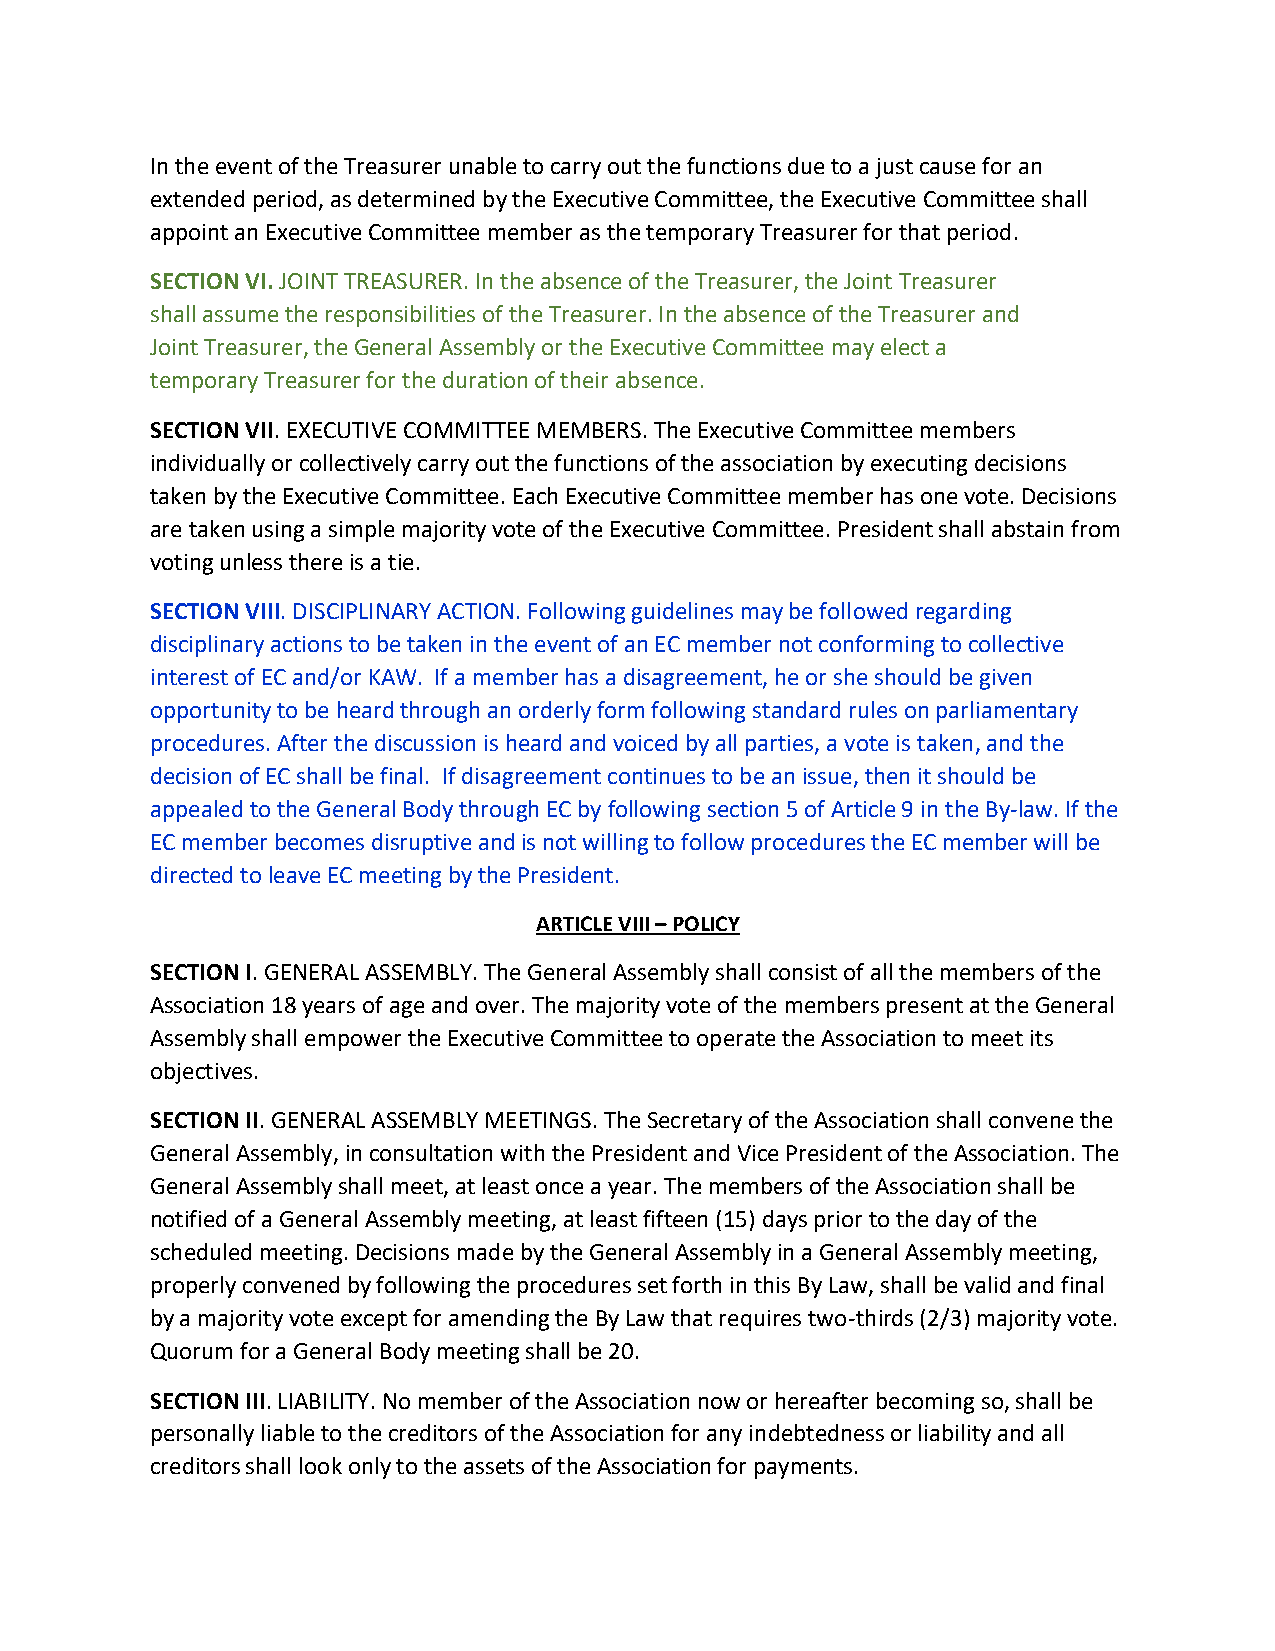
In the event of the Treasurer unable to carry out the functions due to a just cause for an
 extended period, as determined by the Executive Committee, the Executive Committee shall
 appoint an Executive Committee member as the temporary Treasurer for that period.
 SECTION VI. JOINT TREASURER. In the absence of the Treasurer, the Joint Treasurer
 shall assume the responsibilities of the Treasurer. In the absence of the Treasurer and
 Joint Treasurer, the General Assembly or the Executive Committee may elect a
 temporary Treasurer for the duration of their absence.
 SECTION VII. EXECUTIVE COMMITTEE MEMBERS. The Executive Committee members
 individually or collectively carry out the functions of the association by executing decisions
 taken by the Executive Committee. Each Executive Committee member has one vote. Decisions
 are taken using a simple majority vote of the Executive Committee. President shall abstain from
 voting unless there is a tie.
 SECTION VIII. DISCIPLINARY ACTION. Following guidelines may be followed regarding
 disciplinary actions to be taken in the event of an EC member not conforming to collective
 interest of EC and/or KAW. If a member has a disagreement, he or she should be given
 opportunity to be heard through an orderly form following standard rules on parliamentary
 procedures. After the discussion is heard and voiced by all parties, a vote is taken, and the
 decision of EC shall be final. If disagreement continues to be an issue, then it should be
 appealed to the General Body through EC by following section 5 of Article 9 in the By-law. If the
 EC member becomes disruptive and is not willing to follow procedures the EC member will be
 directed to leave EC meeting by the President.
 ARTICLE VIII – POLICY
 SECTION I. GENERAL ASSEMBLY. The General Assembly shall consist of all the members of the
 Association 18 years of age and over. The majority vote of the members present at the General
 Assembly shall empower the Executive Committee to operate the Association to meet its
 objectives.
 SECTION II. GENERAL ASSEMBLY MEETINGS. The Secretary of the Association shall convene the
 General Assembly, in consultation with the President and Vice President of the Association. The
 General Assembly shall meet, at least once a year. The members of the Association shall be
 notified of a General Assembly meeting, at least fifteen (15) days prior to the day of the
 scheduled meeting. Decisions made by the General Assembly in a General Assembly meeting,
 properly convened by following the procedures set forth in this By Law, shall be valid and final
 by a majority vote except for amending the By Law that requires two-thirds (2/3) majority vote.
 Quorum for a General Body meeting shall be 20.
 SECTION III. LIABILITY. No member of the Association now or hereafter becoming so, shall be
 personally liable to the creditors of the Association for any indebtedness or liability and all
 creditors shall look only to the assets of the Association for payments.